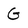
Character: G